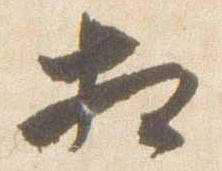
相